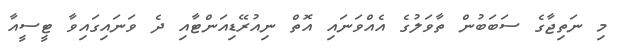
މި ނަތިޖާގެ ސަބަބުން ތާވަލުގެ އެއްވަނައި އޮތް ނިއުރޭޑިއަންޓާއި ދެ ވަނައިގައިވާ ޓީސީއާ